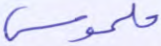
ملموس